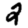
Digit: 2